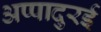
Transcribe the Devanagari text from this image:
अप्पादुरई